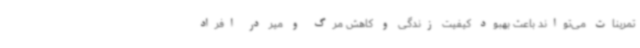
تمرینات می‌تواند باعث بهبود کیفیت زندگی و کاهش مرگ و میر در افراد